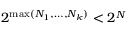
\smash { 2 ^ { \operatorname* { m a x } ( N _ { 1 } , \ldots , N _ { k } ) } < 2 ^ { N } }